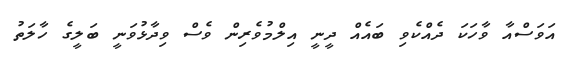
އަވަސްއާ ވާހަކަ ދެއްކެވި ބައެއް ދީނީ އިލްމުވެރިން ވެސް ވިދާޅުވަނީ ބަލީގެ ހާލަތު